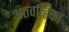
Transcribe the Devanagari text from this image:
अंतर्वाहिका